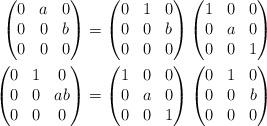
LaTeX: \begin{align*}\begin{pmatrix}0&a&0 \\ 0 &0&b \\ 0&0&0\end{pmatrix}&=\begin{pmatrix}0&1&0 \\ 0 &0&b \\ 0&0&0\end{pmatrix}\begin{pmatrix}1&0&0 \\ 0 &a&0 \\ 0&0&1\end{pmatrix}\\\begin{pmatrix}0&1&0 \\ 0 &0&ab \\ 0&0&0\end{pmatrix}&=\begin{pmatrix}1&0&0 \\ 0 &a&0 \\ 0&0&1\end{pmatrix}\begin{pmatrix}0&1&0 \\ 0 &0&b \\ 0&0&0\end{pmatrix}\end{align*}